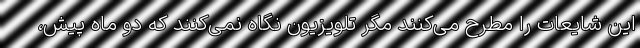
این شایعات را مطرح‌ می‌کنند مگر تلویزیون نگاه نمی‌کنند که دو ماه پیش،